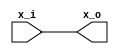
`default_nettype none

module dac (
  `ifdef USE_POWER_PINS
    inout vdda1,	// User area 1 3.3V supply
    inout vdda2,	// User area 2 3.3V supply
    inout vssa1,	// User area 1 analog ground
    inout vssa2,	// User area 2 analog ground
    inout vccd1,	// User area 1 1.8V supply
    inout vccd2,	// User area 2 1.8v supply
    inout vssd1,	// User area 1 digital ground
    inout vssd2,	// User area 2 digital ground
  `endif
  input x_i,
  output x_o
);
  // Literally just passing through since voltages don't exist
  assign x_o = x_i;
endmodule